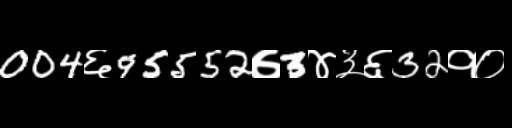
Text: 004६95552७3४३६32१०